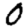
Digit: 0